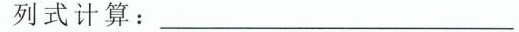
列式计算：___